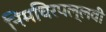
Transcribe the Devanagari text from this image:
निमचिरपल्लवी